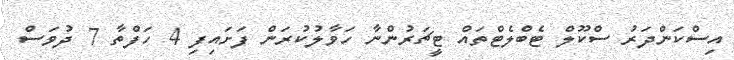
އިސްކަންދަރު ސްކޫލް ޓެބްލެޓްތައް ޓީޗަރުންނާ ހަވާލުކުރަން ފަށައިފި 4 ހަފްތާ 7 ދުވަސް